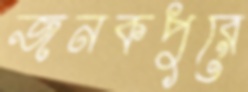
জনকপুরে